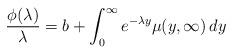
LaTeX: \begin{align*}\frac{\phi(\lambda)}{\lambda}=b+\int_0^\infty e^{-\lambda y}\mu(y,\infty)\,dy\end{align*}